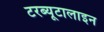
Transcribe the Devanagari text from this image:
टरब्यूटालाइन